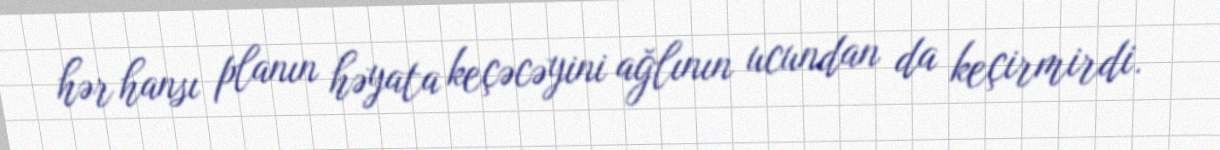
hər hansı planın həyata keçəcəyini ağlının ucundan da keçirmirdi.